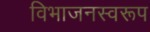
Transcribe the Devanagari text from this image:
विभाजनस्वरूप